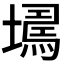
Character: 𡑹